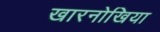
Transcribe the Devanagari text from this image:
खारनोखिया